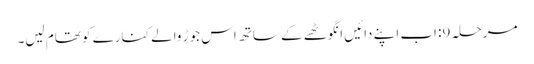
مرحلہ 9: اب اپنے دائیں انگوٹھے کے ساتھ اس جوڑ والے کنارے کو تھام لیں۔